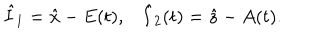
LaTeX: \begin{array} { c c } { { \hat { I } _ { 1 } = \hat { x } - E ( t ) , } } & { { \hat { I } _ { 2 } ( t ) = \hat { z } - A ( t ) . } } \\ \end{array}